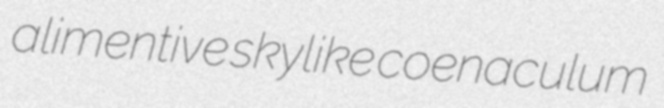
alimentive skylike coenaculum